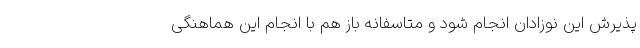
پذیرش این نوزادان انجام شود و متاسفانه باز هم با انجام این هماهنگی